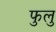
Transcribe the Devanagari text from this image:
फुलु